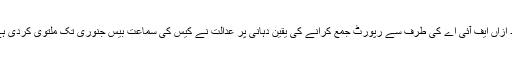
بعد ازاں ایف آئی اے کی طرف سے رپورٹ جمع کرانے کی یقین دہانی پر عدالت نے کیس کی سماعت بیس جنوری تک ملتوی کردی ہے۔